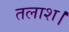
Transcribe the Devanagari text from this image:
तलाश।